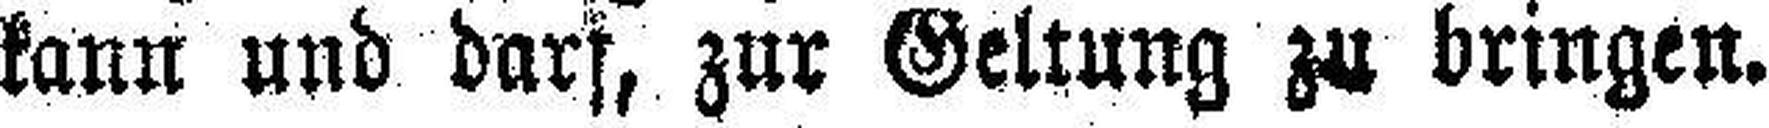
kann und darf, zur Geltung zu bringen.